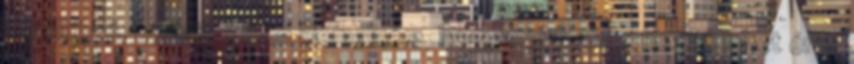
törölköző, bőrből. Külön kiemelném, hogy mindenhez hozzá lehet érni,